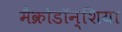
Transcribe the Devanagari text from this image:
मैक्रोडॉन्शिया